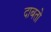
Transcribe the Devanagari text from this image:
दाबतो